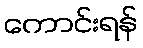
ကောင်းရန်